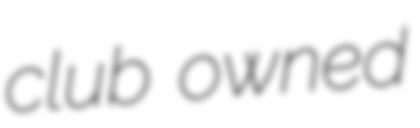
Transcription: club owned